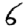
Digit: 6